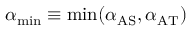
\ensuremath { \alpha _ { \mathrm { m i n } } } \equiv \operatorname* { m i n } ( \ensuremath { \alpha _ { \mathrm { A S } } } , \ensuremath { \alpha _ { \mathrm { A T } } } )